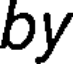
by